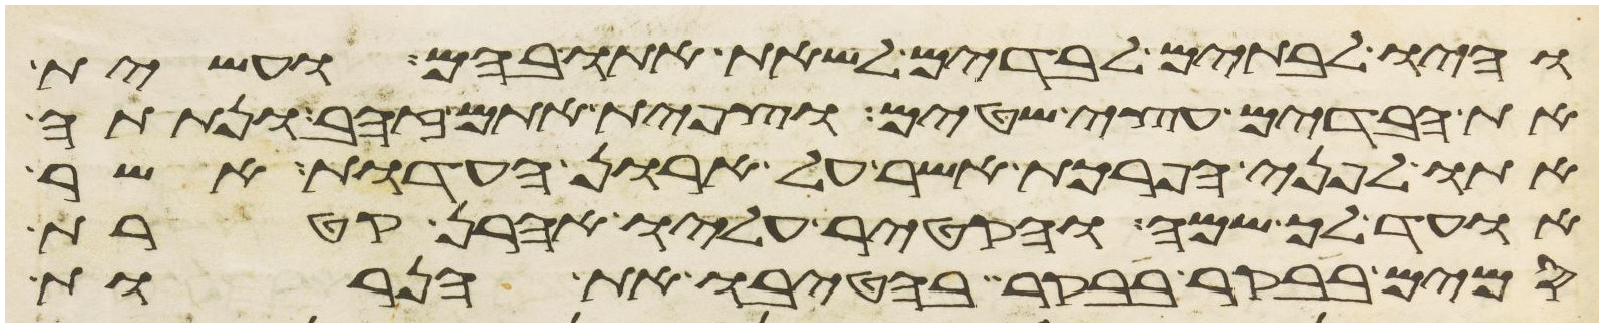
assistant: והיו לבתים לבדים לשאת אתו בהם ועשית
את הבדים עצי שטים וצפית אתם זהב ונתתה
אתו לפני הפרכת אשר על ארון העדות אשר
אועד לך שמה והקטיר עליו אהרן קטרת
סמים בבקר בבקר בהטיבו את הנרות